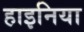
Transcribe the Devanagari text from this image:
हाइनिया